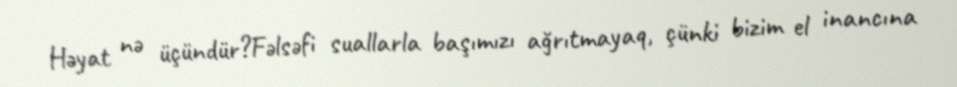
Həyat nə üçündür?Fəlsəfi suallarla başımızı ağrıtmayaq, çünki bizim el inancına